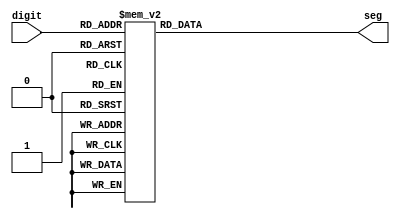
module seg_digit(digit, seg);	// To represent digit
  input [3:0] digit;

  output [6:0] seg;

  reg [6:0] seg;

  always@(digit)
  begin
    case(digit)
     4'b0000 : seg = 7'b1000000;	// 0
     4'b0001 : seg = 7'b1111001;	// 1
     4'b0010 : seg = 7'b0100100;	// 2
     4'b0011 : seg = 7'b0110000;	// 3
     4'b0100 : seg = 7'b0011001;	// 4
     4'b0101 : seg = 7'b0010010;	// 5
     4'b0110 : seg = 7'b0000010;	// 6
     4'b0111 : seg = 7'b1111000;	// 7
     4'b1000 : seg = 7'b0000000;	// 8
     4'b1001 : seg = 7'b0010000;	// 9
	  default : seg = 7'b0111111;	// -
    endcase
  end
  
endmodule